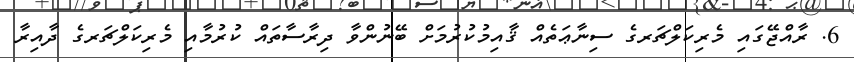
6. ރާއްޖޭގައި މެރިކަލްޗަރގެ ސިނާޢަތެއް ޤާއިމުކުރުމަށް ބޭނުންވާ ދިރާސާތައް ކުރުމާއި މެރިކަލްޗަރގެ ދާއިރާ